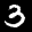
Label: 3